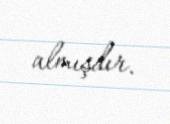
almışdır.